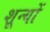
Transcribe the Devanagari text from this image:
शून्यों